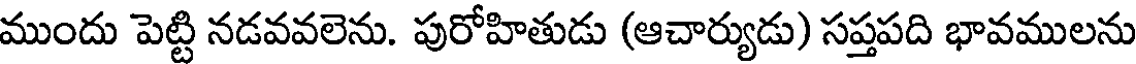
ముందు పెట్టి నడవవలెను. పురోహితుడు (ఆచార్యుడు) సప్తపది భావములను